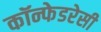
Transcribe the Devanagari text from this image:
कॉन्फेडरेसी